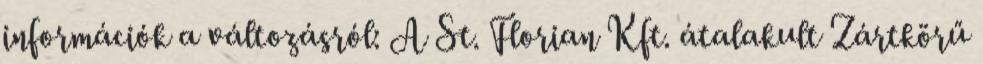
információk a változásról: A St. Florian Kft. átalakult Zártkörű